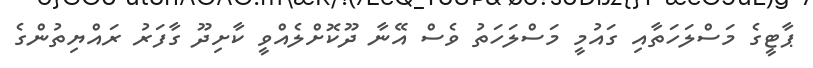
ޕާޓީގެ މަސްލަހަތާއި ގައުމީ މަސްލަހަތު ވެސް އޭނާ ދޫކޮށްލެއްވީ ކާށިދޫ ގާފަރު ރައްޔިތުންގެ